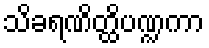
သိခရဏိတ္ထိပဏ္ဍကာ